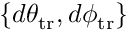
\{ d \theta _ { \mathrm { t r } } , d \phi _ { \mathrm { t r } } \}